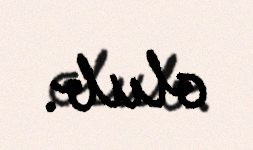
olub.